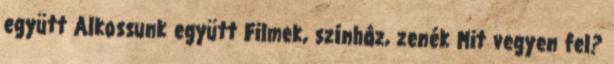
együtt Alkossunk együtt Filmek, színház, zenék Mit vegyen fel?